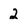
Character: 2